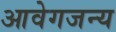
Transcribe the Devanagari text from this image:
आवेगजन्य